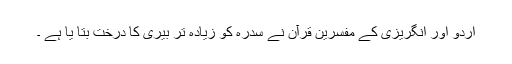
اردو اور انگریزی کے مفسرین قرآن نے سدرہ کو زیادہ تر بیری کا درخت بتا یا ہے ۔